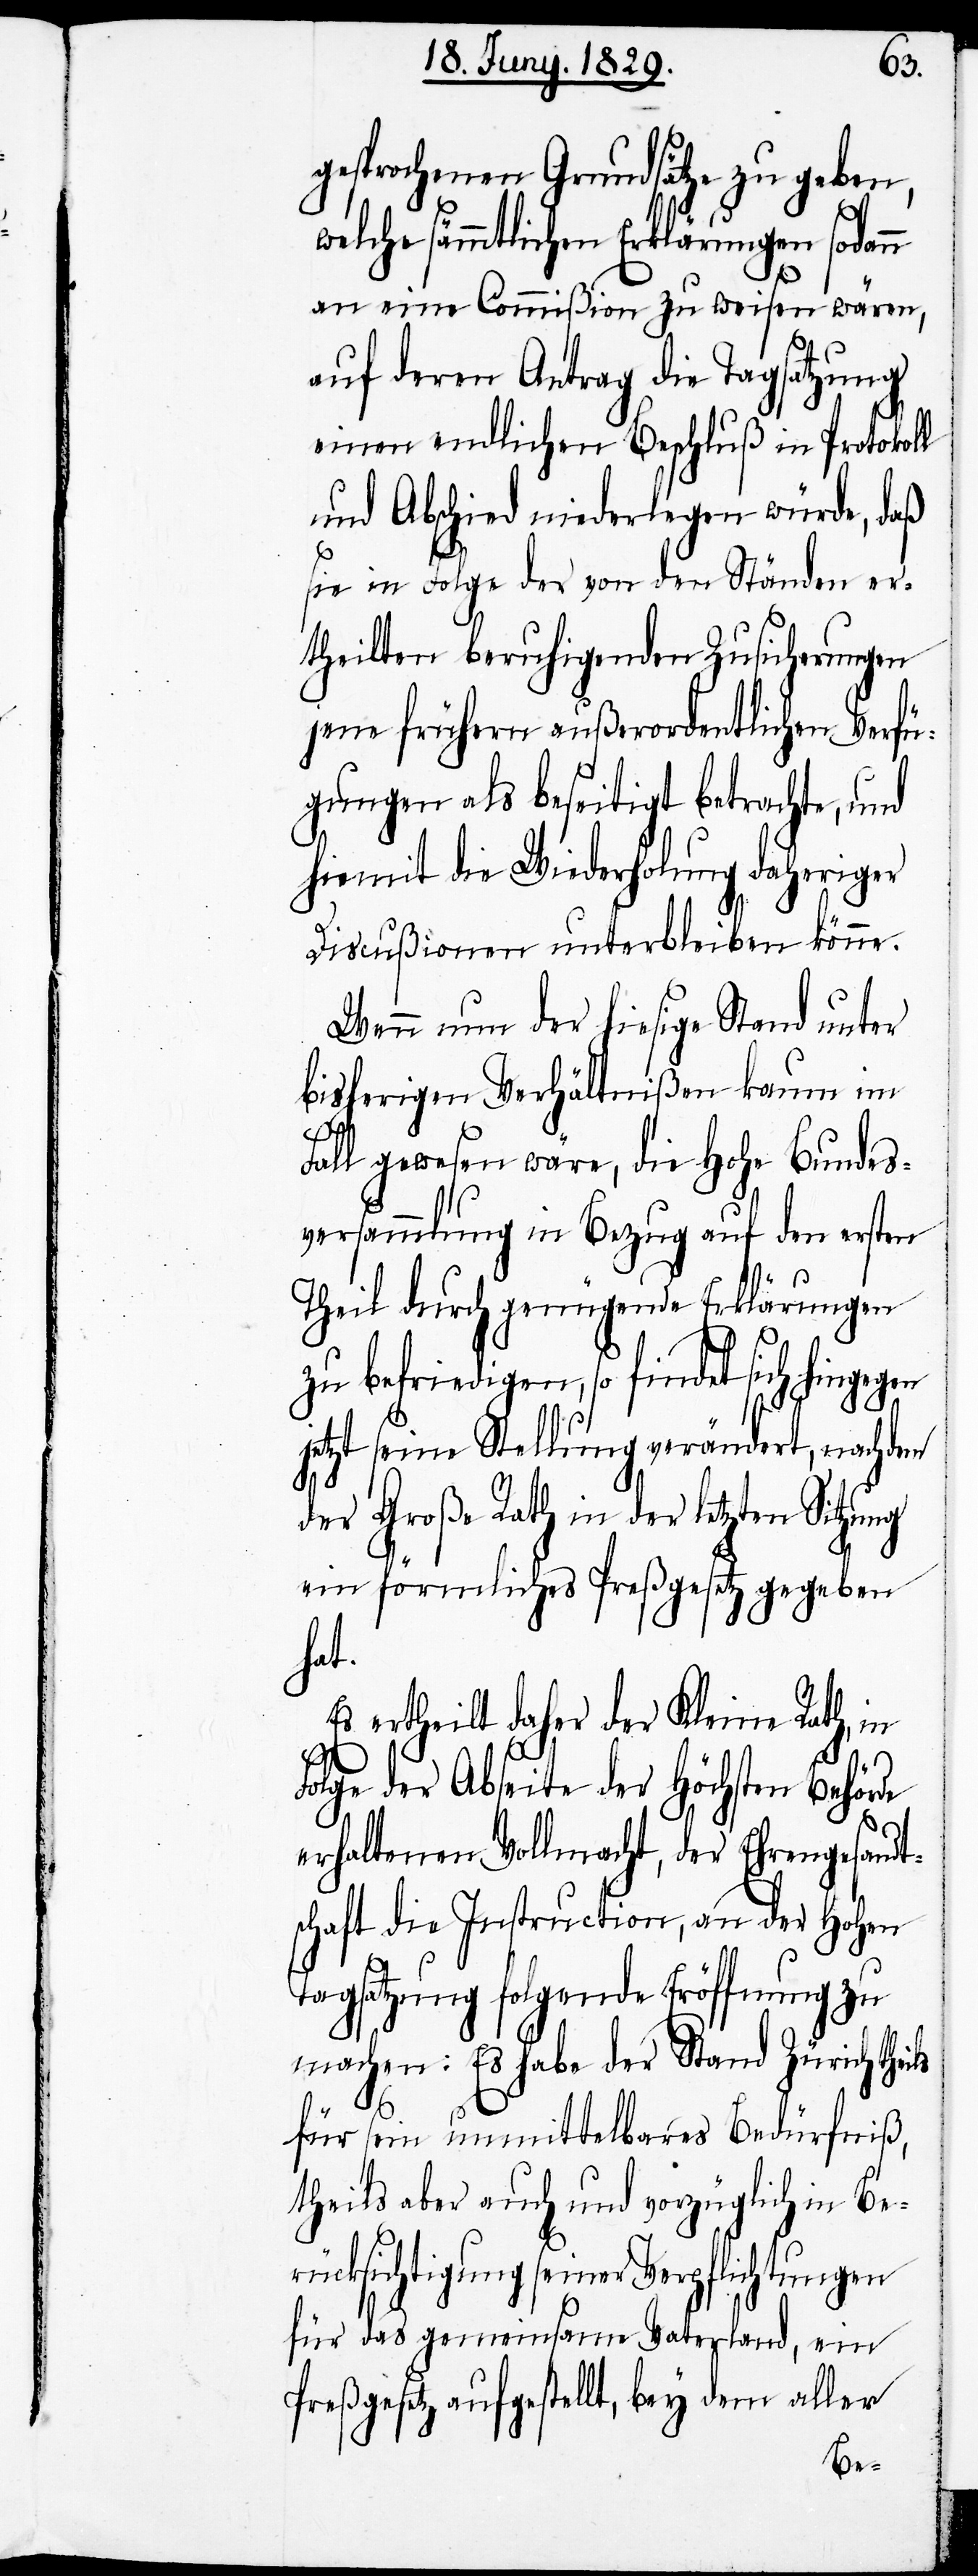
esprochenen Grundsätze zu geben,
welche sämmtlichen Erklärungen sodann
an eine Commißion zu weisen wären,
auf deren Antrag die Tagsatzung
einen endlichen Beschluß in Protokoll
und Abschied niederlegen würde, daß
sie in Folge der von den Ständen er¬
theilten beruhigenden Zusicherungen
jene frühern außerordentlichen Verfü¬
gungen als beseitigt betrachte, und
hiemit die Wiederholung daheriger
Discußionen unterbleiben könne.
Wenn nun der hiesige Stand unter
bisherigen Verhältnißen kaum im
ls
Fall gewesen wäre, die Hohe Bundes¬
versammlung in Bezug auf den ersten
Theil durch genügende Erklärungen
zu befriedigen, so findet sich hingegen
jetzt seine Stellung verändert, nachdem
g¬
der Große Rath in der letzten Sitzung
ein förmliches Preßgesetz gegeben
hat.
Es ertheilt daher der Kleine Rath, in
Folge der Abseite der Höchsten Behör¬
erhaltenen Vollmacht, der Ehrengesandt¬
schaft die Instruction, an der Hohen
Tagsatzung folgende Eröffnung zu
machen: Es habe der Stand Zürich thei¬
für sein unmittelbares Bedürfniß,
theils aber auch vorzüglich in Be¬
rücksichtigung seiner Verpflichtungen
für das gemeinsame Vaterland, ein
Preßgesetz aufgestellt, bey dem aller